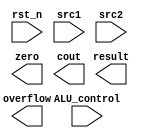
/***************************************************
Student Name:
Student ID:
***************************************************/
`timescale 1ns/1ps

module alu(
	input                   rst_n,         // negative reset            (input)
	input	     [32-1:0]	src1,          // 32 bits source 1          (input)
	input	     [32-1:0]	src2,          // 32 bits source 2          (input)
	input 	     [ 4-1:0] 	ALU_control,   // 4 bits ALU control input  (input)
	output reg   [32-1:0]	result,        // 32 bits result            (output)
	output reg              zero,          // 1 bit when the output is 0, zero must be set (output)
	output reg              cout,          // 1 bit carry out           (output)
	output reg              overflow       // 1 bit overflow            (output)
	);

/* Write your code HERE */




endmodule